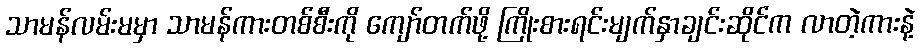
သာမန်လမ်းမမှာ သာမန်ကားတစ်စီးကို ကျော်တက်ဖို့ ကြိုးစားရင်းမျက်နှာချင်းဆိုင်က လာတဲ့ကားနဲ့